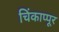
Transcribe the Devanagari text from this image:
चिंकाप्पूर